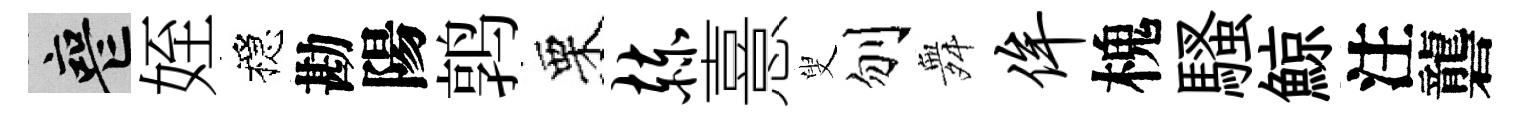
喪姪穩勘陽鹑栗赫憙叟刎舞侔槐騷鯨注礱